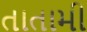
તાતામી